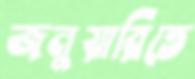
জনুয়ারিতে